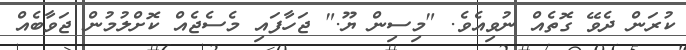
ކުރަން ދެވޭ ގޮތެއް ނުވިއެވެ. "މިސިން ޔޫ." ޖަހާފައި މެސެޖެއް ކޮށްލުމުން ޖަވާބެއް